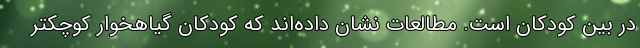
در بین کودکان است. مطالعات نشان داده‌اند که کودکان گیاهخوار کوچکتر